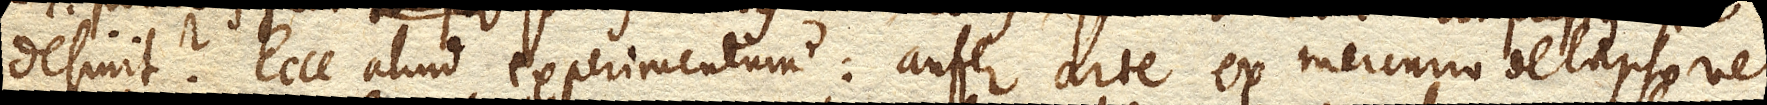
desinit? Ecce aliud experimentum: aufer arte ex Mercurio delapso vel